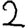
Digit: 2